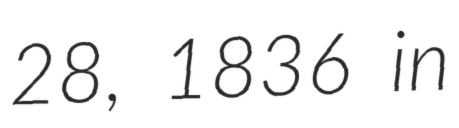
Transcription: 28, 1836 in